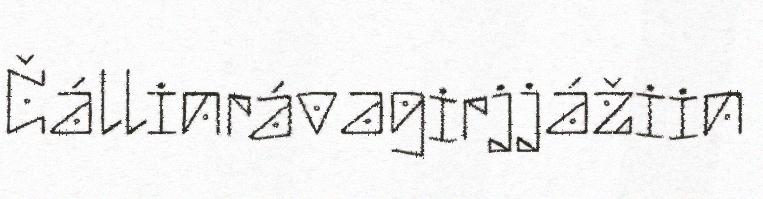
Čállinrávagirjjážiin